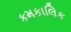
કમકાલિક